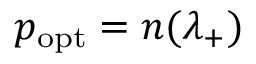
p _ { \mathrm { o p t } } = n ( \lambda _ { + } )